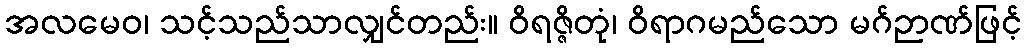
အလမေဝ၊ သင့်သည်သာလျှင်တည်း။ ဝိရဇ္ဇိတုံ၊ ဝိရာဂမည်သော မဂ်ဉာဏ်ဖြင့်